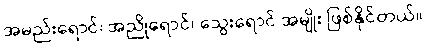
အမည်းရောင်၊ အညိုရောင်၊ သွေးရောင် အမျိုး ဖြစ်နိုင်တယ်။